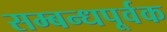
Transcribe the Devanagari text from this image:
सम्बन्धपूर्वक